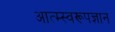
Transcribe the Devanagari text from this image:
आत्म्स्वरूपज्ञान